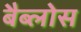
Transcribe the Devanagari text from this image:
बैब्लोस